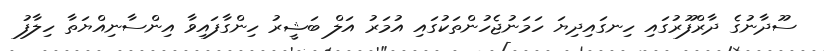
ސޫދާނުގެ ދާރްފޫރުގައި ހިނގައިދިޔަ ހަމަނުޖެހުންތަކުގައި އުމަރު އަލް ބަޝީރު ހިންގާފައިވާ އިންސާނިއްޔަތާ ހިލާފު